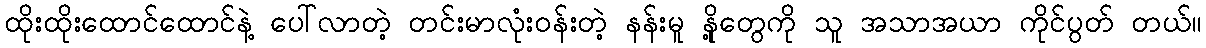
ထိုးထိုးထောင်ထောင်နဲ့ ပေါ်လာတဲ့ တင်းမာလုံးဝန်းတဲ့ နန်းမူ နို့တွေကို သူ အသာအယာ ကိုင်ပွတ် တယ်။